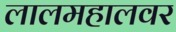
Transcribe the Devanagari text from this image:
लालमहालवर